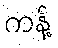
ကန့်